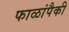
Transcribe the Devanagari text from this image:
फाळांपैकी